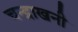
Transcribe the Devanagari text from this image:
चन्द्राखनी